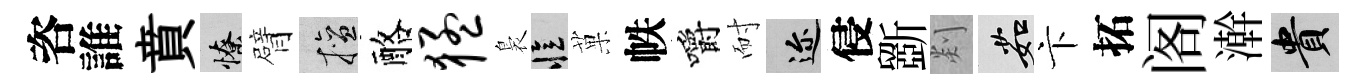
咨誰賁憭臂擅酪猛裊忆菓帙嚼耐邇侵斵剡茹卞拓阁澣貴